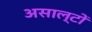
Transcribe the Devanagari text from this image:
असाल्टों